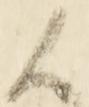
候